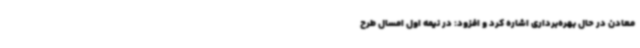
معادن در حال بهره‌برداری اشاره کرد و افزود: در نیمه اول امسال طرح